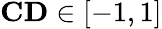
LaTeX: \mathbf{CD}\in[-1,1]